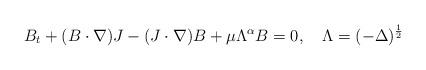
LaTeX: \begin{align*}B_t+(B\cdot\nabla) J -(J\cdot\nabla) B+\mu \Lambda^\alpha B=0, \ \ \ \Lambda=(-\Delta)^{\frac12}\end{align*}